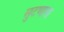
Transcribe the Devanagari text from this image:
सुटणारा